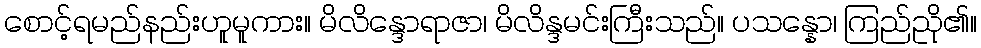
စောင့်ရမည်နည်းဟူမူကား။ မိလိန္ဒောရာဇာ၊ မိလိန္ဒမင်းကြီးသည်။ ပသန္နော၊ ကြည်ညို၏။